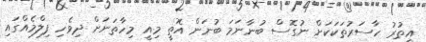
އިތުރު ހާސަރުތަކަކަށް ނުގޮސް ބުނާނަމަ ބުނަން އޮތީ މިއީ މިހާތަނަށް ދިވެހި ފިލްމެއްގައި